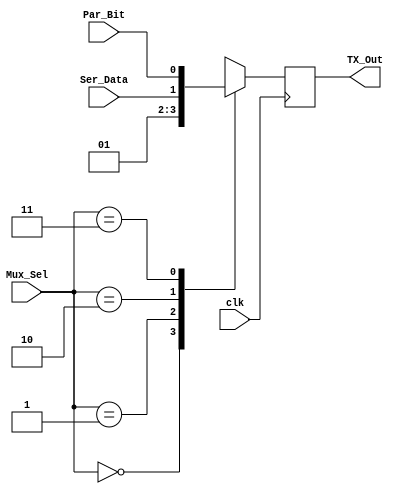
module Mux_4 (
    input wire clk,
    input wire [1:0] Mux_Sel,
    input wire Ser_Data,
    input wire Par_Bit,
    output reg TX_Out

);

wire Start_Bit=1'b0;
wire Stop_Bit=1'b1;

always @(posedge clk ) begin
    case (Mux_Sel)
    2'b00: begin
        TX_Out<=Start_Bit;
    end
    
    2'b01: begin
        TX_Out<=Stop_Bit;
    end

    2'b10: begin
        TX_Out<=Ser_Data;
    end

    2'b11: begin
        TX_Out<=Par_Bit;
    end
endcase
end

    
endmodule